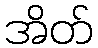
အိတ်